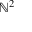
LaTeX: \mathbb { N } ^ { 2 }